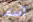
آسف